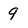
Character: 9